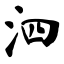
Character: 泗